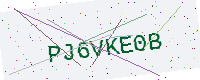
Text: PJ6VKE0B